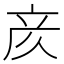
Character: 𫝸